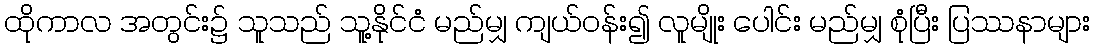
ထိုကာလ အတွင်း၌ သူသည် သူ့နိုင်ငံ မည်မျှ ကျယ်ဝန်း၍ လူမျိုး ပေါင်း မည်မျှ စုံပြီး ပြဿနာများ